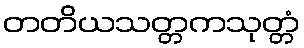
တတိယသတ္တကသုတ္တံ